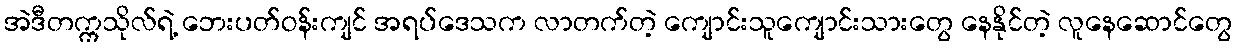
အဲဒီတက္ကသိုလ်ရဲ့ ဘေးပတ်ဝန်းကျင် အရပ်ဒေသက လာတက်တဲ့ ကျောင်းသူကျောင်းသားတွေ နေနိုင်တဲ့ လူနေဆောင်တွေ